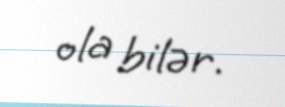
ola bilər.